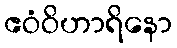
ဧဝံဝိဟာရိနော